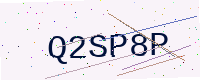
Text: Q2SP8P